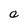
Character: a